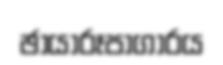
ඡායාරූපාගාරය